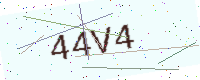
Text: 44V4